Statistical return of the lunatic asylum in Assam - 1912-1932
Year: 1912
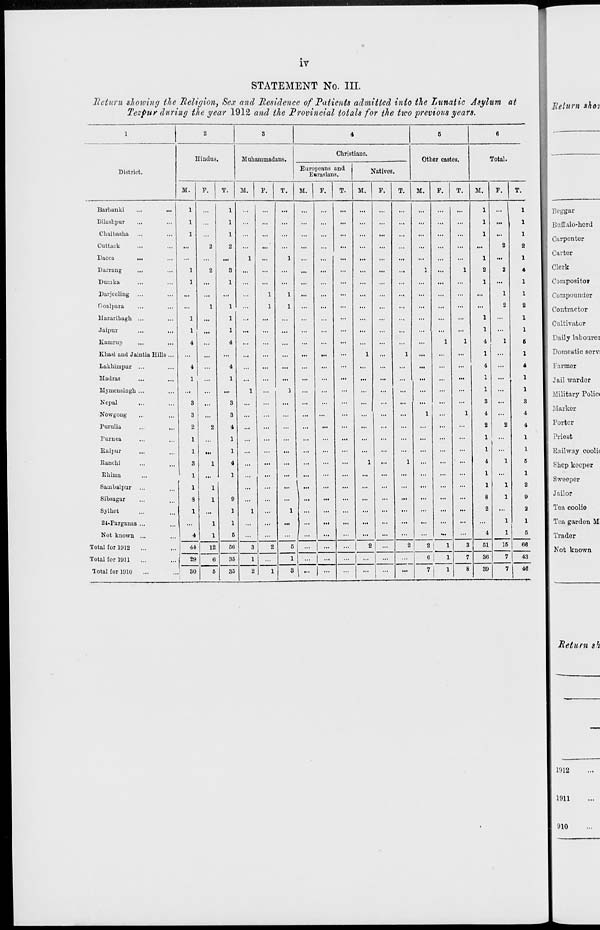
IV
STATEMENT No. III.
Return showing the Religion, Sex and Residence of Patients admitted into the Lunatic Asylum at
Tezpur during the year 1912 and the Provincial totals for the two previous years.
District.
Hindus.
M.
F
Muhammadans.
Christians.
Europeans and
Eurasians.
M.
F.
T.
M.
F.
T.
Natives.
Othor castes.
Total.
M.
M.
Barbanki
...
.
Bilashpur
ChaibaBha ...
Cuttack
Dacca
...
Da.-raug
Dumka
Davjceling ...
Goalpara
llazaribagh ...
Jaipur
...
,
Ivamrup
Kbasi aud Jaintia Hills ,
Lakhimpur ...
Madras
...
,
Mynieusingh ...
Nepal
Nowgong
Purulia
Purnca
Eaipur
Ranchi
Ehima
Sambalpur
Sibsagar
Sylhet
21-Pargauas ...
Not known ...
Total for 1912
Total for 1911
Total for 1910
44
29
30
12
1
1
1
2
3
1
1
1
1
4
4
1
3
3
4
1
1
4
1
0
1
1
6
B6
35
35
M.
1
1
4
I
4
1
1
3
4
2
1
1
4
1
1
8
2
4
51
36
39
15
66
43
40
Return &hoi
Beggar
Buffalo-herd
Carpenter
Carter
Clerk
Compositor
\ Compounuor
Contractor
Cultivator
Daily lab our ei
| Domestic sorv;
Farmer
Jail warder
Military Polici
.Marker
Porter
Priest
Railway coolie
£hcp keeper
Sweeper
Jailor
Tea coolie
Toa garden M
Trader
Not known
Ret urn sh
1012
1911
910